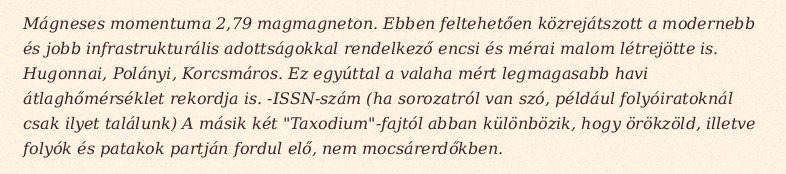
Mágneses momentuma 2,79 magmagneton. Ebben feltehetően közrejátszott a modernebb és jobb infrastrukturális adottságokkal rendelkező encsi és mérai malom létrejötte is. Hugonnai, Polányi, Korcsmáros. Ez egyúttal a valaha mért legmagasabb havi átlaghőmérséklet rekordja is. -ISSN-szám (ha sorozatról van szó, például folyóiratoknál csak ilyet találunk) A másik két "Taxodium"-fajtól abban különbözik, hogy örökzöld, illetve folyók és patakok partján fordul elő, nem mocsárerdőkben.